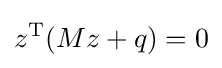
z^{\mathrm {T} }(Mz+q)=0